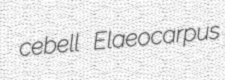
cebell Elaeocarpus